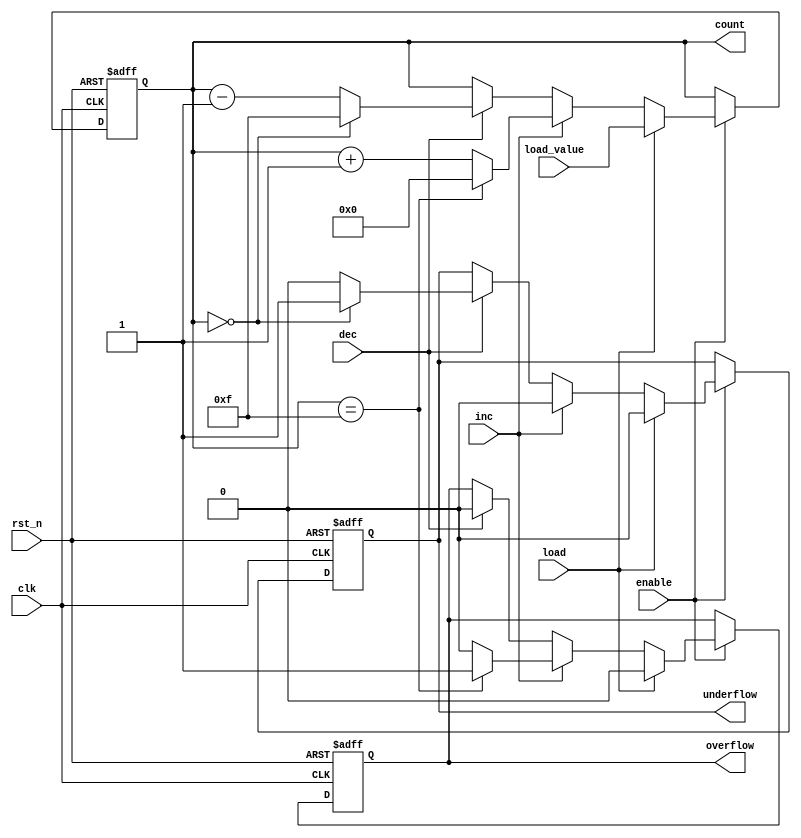
module MemoryBlocksSynchronousCounter (
    input wire clk,               // Clock signal
    input wire rst_n,             // Active low asynchronous reset signal
    input wire load,              // Load control signal
    input wire [N-1:0] load_value,// Value to load into the counter
    input wire inc,               // Increment control signal
    input wire dec,               // Decrement control signal
    input wire enable,            // Enable counting
    output reg [N-1:0] count,     // Counter output
    output reg overflow,          // Overflow flag
    output reg underflow          // Underflow flag
);
    parameter N = 4;              // Width of counter (number of bits)
    parameter MAX_COUNT = (1 << N) - 1; // Maximum count value based on N

    always @(posedge clk or negedge rst_n) begin
        if (!rst_n) begin
            count <= 0;           // Reset counter to 0
            overflow <= 0;        // Clear overflow flag
            underflow <= 0;       // Clear underflow flag
        end else if (enable) begin
            if (load) begin
                count <= load_value; // Load specified value
                overflow <= 0;       // Clear overflow when loading
                underflow <= 0;      // Clear underflow when loading
            end else if (inc) begin
                if (count == MAX_COUNT) begin
                    count <= 0;      // Wrap around on overflow
                    overflow <= 1;   // Set overflow flag
                end else begin
                    count <= count + 1; // Increment count
                    overflow <= 0;       // Clear overflow flag
                end
                underflow <= 0;        // Clear underflow flag
            end else if (dec) begin
                if (count == 0) begin
                    count <= MAX_COUNT; // Wrap around on underflow
                    underflow <= 1;      // Set underflow flag
                end else begin
                    count <= count - 1;  // Decrement count
                    underflow <= 0;       // Clear underflow flag
                end
                overflow <= 0;          // Clear overflow flag
            end
        end
    end
endmodule